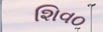
શિવ૦